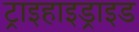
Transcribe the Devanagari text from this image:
ट्राइहाइड्राइड